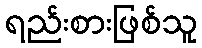
ရည်းစားဖြစ်သူ